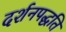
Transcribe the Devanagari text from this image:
दर्शनपद्धति